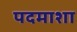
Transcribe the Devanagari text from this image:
पदमाशा